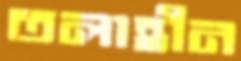
তলাহীন